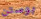
بوستن